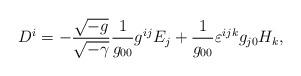
LaTeX: \begin{align*} D^{i} = - \frac{\sqrt{-g}}{\sqrt{-\gamma}}\frac{1}{g_{0 0}} g^{i j} E_{j} + \frac{1}{g_{0 0}} \varepsilon^{i j k} g_{j 0} H_{k}, \end{align*}